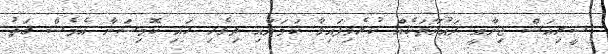
ސީރިއަސް ޖިނާއީ ދައުވާތަކެއް ކުރެވިފައިވާ ކަމަށާއި ދިވެހި ހައި ކޮމިޝަނާ އެމެސް ގަތު